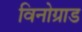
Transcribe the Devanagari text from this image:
विनोग्राड